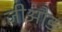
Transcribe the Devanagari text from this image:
जीओड